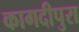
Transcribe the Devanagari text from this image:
कागदीपुरा